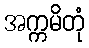
အက္ကမိတုံ